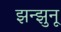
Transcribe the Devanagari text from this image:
झन्झुनू